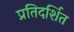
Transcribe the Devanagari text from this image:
प्रतिदर्शित